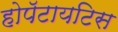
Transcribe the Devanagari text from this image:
होपॅटायटिस